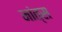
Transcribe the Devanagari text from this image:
नांत्स